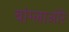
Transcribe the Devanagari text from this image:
बांग्लाओरे